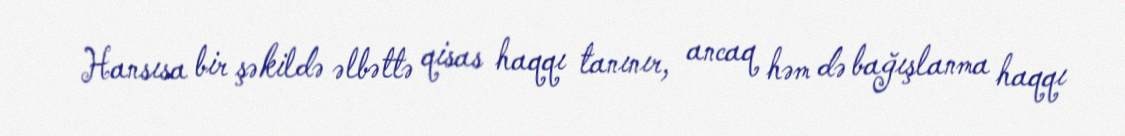
Hansısa bir şəkildə əlbəttə qisas haqqı tanınır, ancaq həm də bağışlanma haqqı